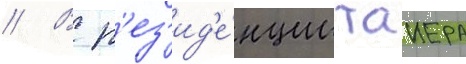
// В р'ез'ид'е́нции таиера